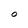
Character: O